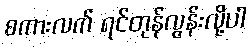
စကားလက် ရင်တုန်လွန်းလို့ပါ